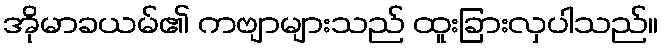
အိုမာခယမ်၏ ကဗျာများသည် ထူးခြားလှပါသည်။